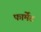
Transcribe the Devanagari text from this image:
फार्मेंट